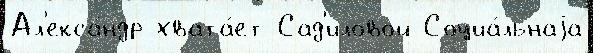
Ал'екса́ндр хвата́ет Сад'иловой Социа́льнаjа